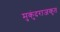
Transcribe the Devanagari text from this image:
मुकुंदराजकृत